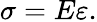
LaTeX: \sigma=E\varepsilon.